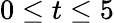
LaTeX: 0\le t\le 5